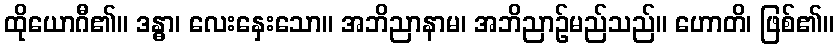
ထိုယောဂီ၏။ ဒန္ဓာ၊ လေးနှေးသော။ အဘိညာနာမ၊ အဘိညာဉ်မည်သည်။ ဟောတိ၊ ဖြစ်၏။